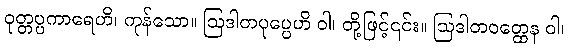
ဝုတ္တပ္ပကာရေဟိ၊ ကုန်သော။ ဩဒါတပုပ္ပေဟိ ဝါ၊ တို့ဖြင့်၎င်း။ ဩဒါတဝတ္ထေန ဝါ၊